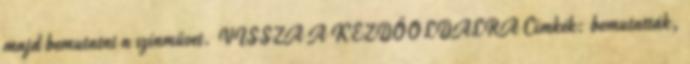
majd bemutatni a színművet. VISSZA A KEZDŐOLDALRA Címkék: bemutatták,